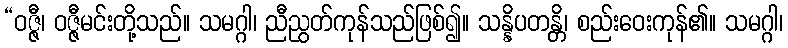
“ဝဇ္ဇီ၊ ဝဇ္ဇီမင်းတို့သည်။ သမဂ္ဂါ၊ ညီညွတ်ကုန်သည်ဖြစ်၍။ သန္နိပတန္တိ၊ စည်းဝေးကုန်၏။ သမဂ္ဂါ၊